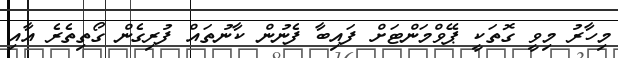
މިހާރު މިވީ ގޮތަކީ ޕޭވްމަންޓަށް ފައިބާ ފެނުން ކާނުތައް ފުރިގެން ގޯތިތެރެ އާއި